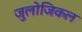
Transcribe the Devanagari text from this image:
जुलोजिकल